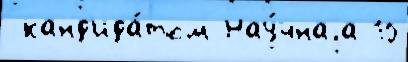
 канд'ида́том Нау́чнаjа 10